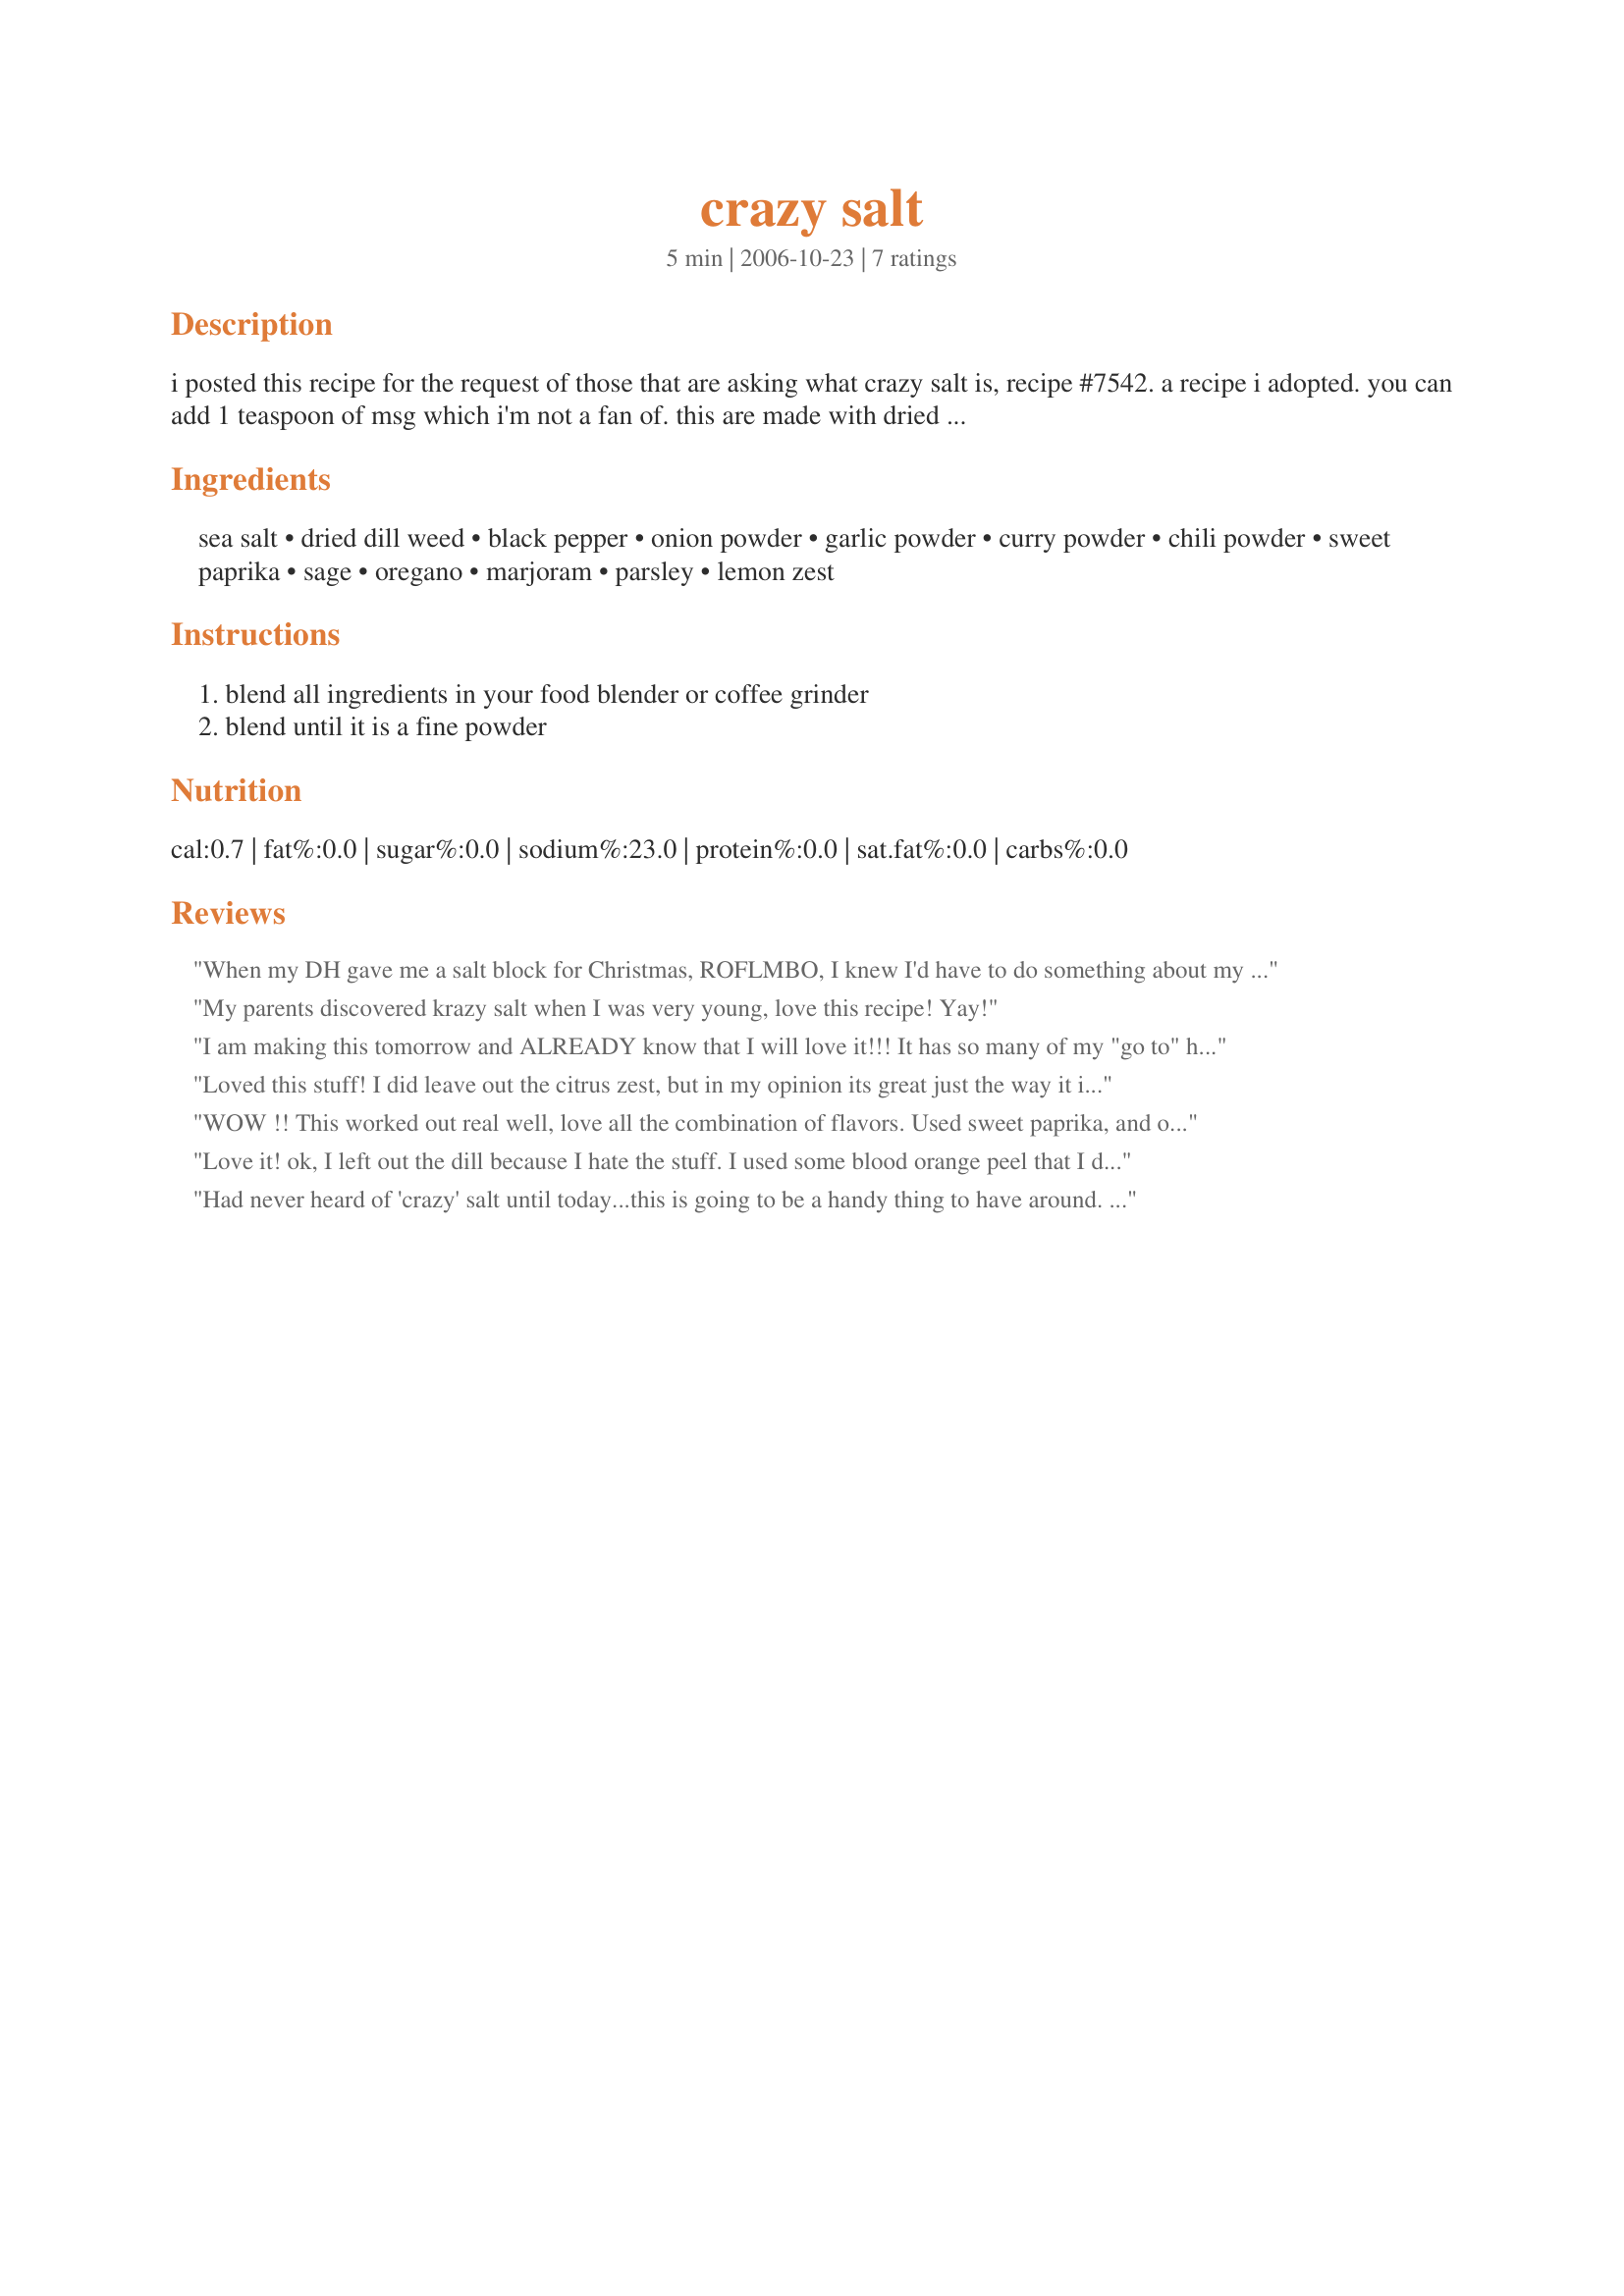
crazy salt
Preparation time: 5 minutes

i posted this recipe for the request of those that are asking what crazy salt is, recipe #7542. a recipe i adopted. you can add 1 teaspoon of msg which i'm not a fan of. this are made with dried herbs. keep this along side the range to use as a salt substitute as needed. it keeps the salt intake down, because when you go to use a teaspoon of salt and use this in its place it you really are using just 1/2 a teaspoon salt. that is a good thing! and great flavor! makes a nice gift placed in a pretty jar with a ribbon.

Ingredients:
sea salt, dried dill weed, black pepper, onion powder, garlic powder, curry powder, chili powder, sweet paprika, sage, oregano, marjoram, parsley, lemon zest

Steps:
blend all ingredients in your food blender or coffee grinder, blend until it is a fine powder

Reviews:
When my DH gave me a salt block for Christmas, ROFLMBO, I knew I'd have to do something about my salt intake. I used everything listed even adding orange zest. That tiny spoon holds 1/8 t. which is perfect for sprinkling on scrambled eggs and vegetables, both of which I've already tried. Thanks for sharing, it may be a life-saver, HIS if he gets me another salt block!
My parents discovered krazy salt when I was very young, love this recipe! Yay!
I am making this tomorrow and ALREADY know that I will love it!!! It has so many of my "go to" herbs and so many others that I am just learning to enjoy and use. Thanks for this much cheaper and tastier version of the Mrs.!!!
Loved this stuff! I did leave out the citrus zest, but in my opinion its great just the way it is. I've used it for Paulas Recipe #113817 and I know it would work for most meats, potatoes and vegetables. Loved it!
WOW !! This worked out real well, love all the combination of flavors. Used sweet paprika, and orange zest as the options. Used this on recipe#396364. Made for I recommend tag.
Love it! ok, I left out the dill because I hate the stuff. I used some blood orange peel that I dried so that the mix would stay dry. I rubbed some salmon with lime juice and then used the Crazy Salt generously and broiled it. WOW, this is good on salmon and I suspect that it will be just as good on everything else. Thanks Rita
Had never heard of 'crazy' salt until today...this is going to be a handy thing to have around. Thanks Rita!
